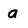
Character: a